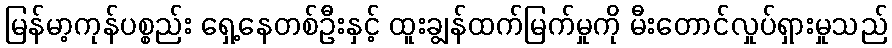
မြန်မာ့ကုန်ပစ္စည်း ရှေ့နေတစ်ဦးနှင့် ထူးချွန်ထက်မြက်မှုကို မီးတောင်လှုပ်ရှားမှုသည်